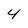
Character: 4